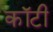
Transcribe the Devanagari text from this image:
कॉटी